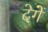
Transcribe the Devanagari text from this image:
देगेें